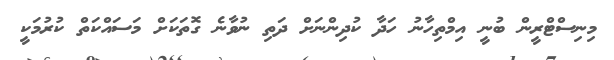
މިނިސްޓްރީން ބުނީ އިމްތިހާނު ހަދާ ކުދިންނަށް ދަތި ނުވާނެ ގޮތަކަށް މަސައްކަތް ކުރުމަކީ